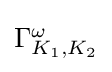
{\textstyle \Gamma _{K_{1},K_{2}}^{\omega }}